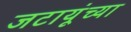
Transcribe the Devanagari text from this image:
जटायूंच्या